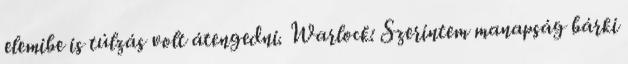
elemibe is túlzás volt átengedni. Warlock: Szerintem manapság bárki